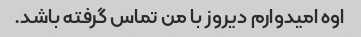
اوه امیدوارم دیروز با من تماس گرفته باشد.